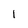
Character: 1